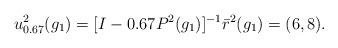
LaTeX: \begin{align*} u_{0.67}^2(g_1)=[I-0.67 P^2(g_1)]^{-1}\bar{r}^2(g_1)=(6,8).\end{align*}